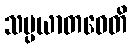
သမ္ပယာတဝေတိ